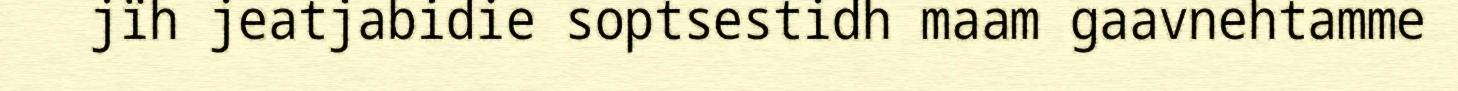
jïh jeatjabidie soptsestidh maam gaavnehtamme